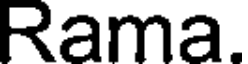
Rama.